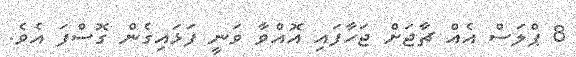
8 ޕްލަސް އެއް ޗާޖަށް ޖަހާފައި އޮއްވާ ވަނީ ފަޅައިގެން ގޮސްފަ އެވެ.